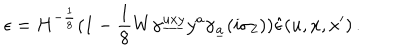
\epsilon = H ^ { - { \frac { 1 } { 8 } } } ( 1 - { \frac { 1 } { 8 } } W \gamma ^ { \underline { { { u x y } } } } y ^ { a } \gamma _ { \underline { { { a } } } } ( i \sigma _ { 2 } ) ) \hat { \epsilon } ( u , x , x ^ { \prime } ) \, .